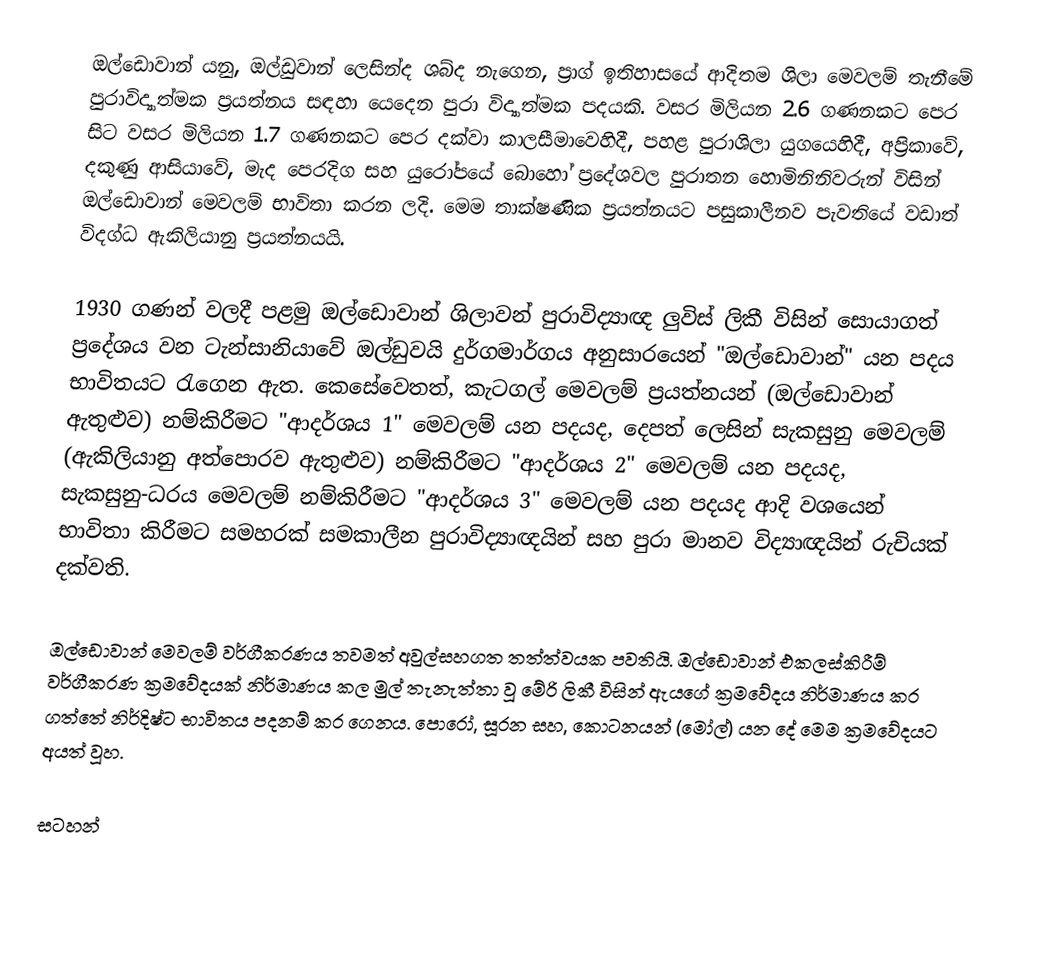
ඔල්ඩොවාන් යනු, ඔල්ඩුවාන් ලෙසින්ද ශබ්ද නැගෙන, ප්‍රාග් ඉතිහාසයේ ආදිතම  ශිලා මෙවලම් තැනීමේ පුරාවිද්‍යාත්මක ප්‍රයත්නය සඳහා යෙදෙන පුරා විද්‍යාත්මක පදයකි. වසර මිලියන 2.6 ගණනකට පෙර සිට වසර මිලියන 1.7 ගණනකට පෙර දක්වා කාලසීමාවෙහිදී, පහළ පුරාශිලා යුගයෙහිදී, අප්‍රිකාවේ, දකුණු ආසියාවේ, මැද පෙරදිග සහ යුරෝපයේ බොහෝ ප්‍රදේශවල පුරාතන හොමිනිනිවරුන් විසින් ඔල්ඩොවාන් මෙවලම් භාවිතා කරන ලදි. මෙම තාක්ෂණික ප්‍රයත්නයට පසුකාලීනව පැවතියේ වඩාත් විදග්ධ  ඇකිලියානු ප්‍රයත්නයයි.

1930 ගණන් වලදී පළමු ඔල්ඩොවාන් ශිලාවන් පුරාවිද්‍යාඥ ලුවිස් ලිකී විසින් සොයාගත් ප්‍රදේශය වන  ටැන්සානියාවේ ඔල්ඩුවයි දුර්ගමාර්ගය අනුසාරයෙන් "ඔල්ඩොවාන්" යන පදය භාවිතයට රැගෙන ඇත. කෙසේවෙතත්, කැටගල් මෙවලම් ප්‍රයත්නයන් (ඔල්ඩොවාන් ඇතුළුව) නම්කිරීමට "ආදර්ශය 1" මෙවලම් යන පදයද, දෙපත් ලෙසින් සැකසුනු මෙවලම් (ඇකිලියානු අත්පොරව ඇතුළුව) නම්කිරීමට "ආදර්ශය 2" මෙවලම් යන පදයද,  සැකසුනු-ධරය මෙවලම් නම්කිරීමට "ආදර්ශය 3" මෙවලම් යන පදයද ආදි වශයෙන් භාවිතා කිරීමට  සමහරක් සමකාලීන පුරාවිද්‍යාඥයින් සහ පුරා මානව විද්‍යාඥයින් රුචියක් දක්වති.

ඔල්ඩොවාන් මෙවලම් වර්ගීකරණය තවමත් අවුල්සහගත තත්ත්වයක පවතියි.  ඔල්ඩොවාන් එකලස්කිරීම් වර්ගීකරණ ක්‍රමවේදයක් නිර්මාණය කල  මුල් තැනැත්තා වූ මේරි ලිකී විසින් ඇයගේ ක්‍රමවේදය නිර්මාණය කර ගත්තේ  නිර්දිෂ්ට භාවිතය පදනම් කර ගෙනය. පොරෝ, සූරන සහ, කොටනයන් (මෝල්) යන දේ මෙම ක්‍රමවේදයට අයත් වූහ.

සටහන්